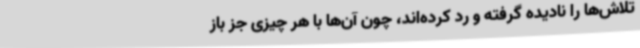
تلاش‌ها را نادیده گرفته و رد کرده‌اند، چون آن‌ها با هر چیزی جز باز